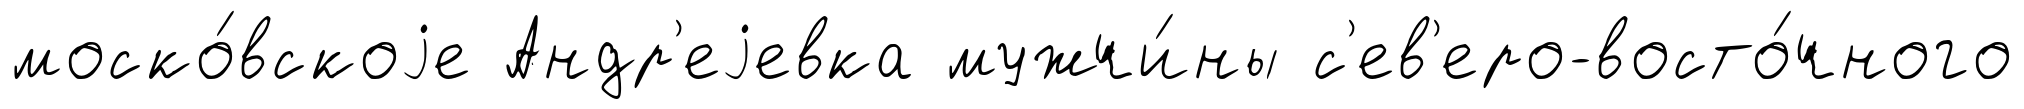
моско́вскоjе Андр'еjевка мужчи́ны с'ев'еро-восто́чного